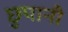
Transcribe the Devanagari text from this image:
छुपानी